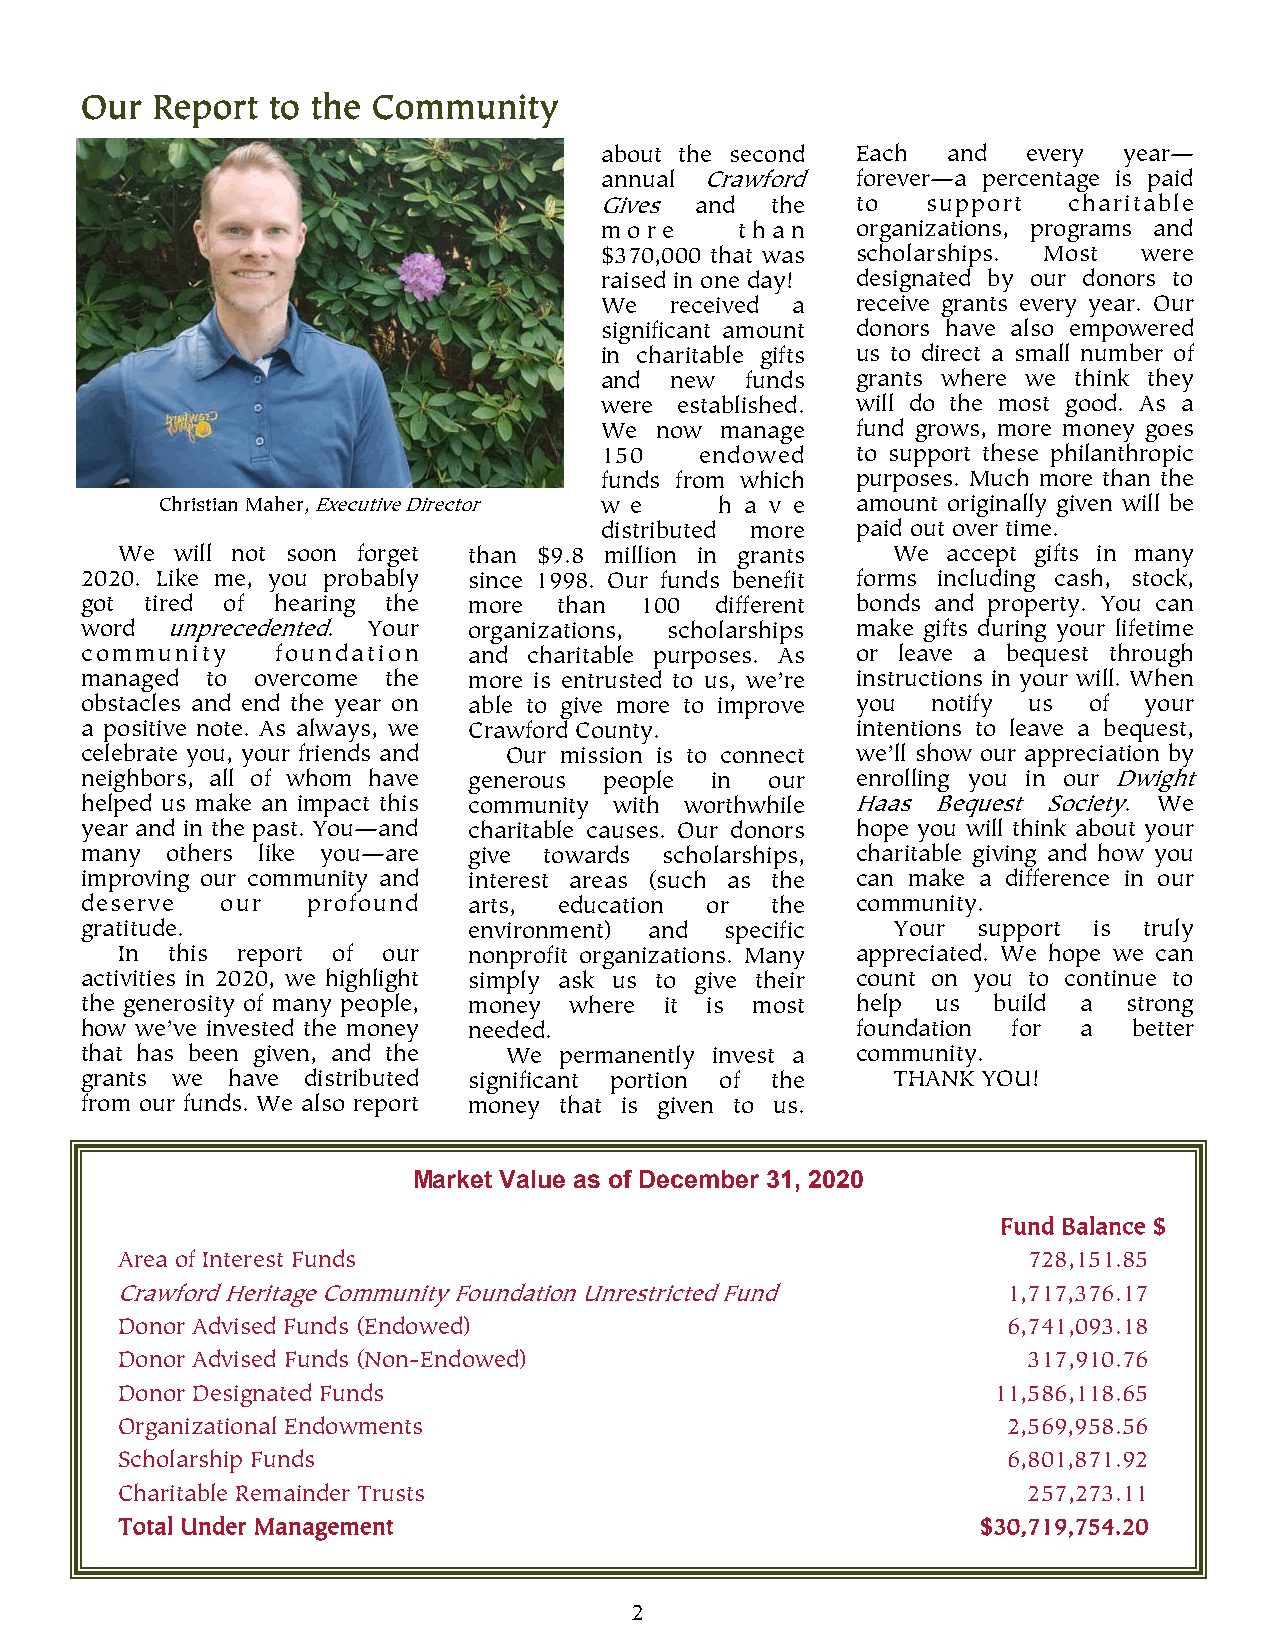
Our  Report  to the Community
 about the second Each  and  every year—
 annual Crawford  forever—a percentage is paid
 Gives and  the   to  support   charitable
 more     than    organizations, programs and
 $370,000 that was scholarships. Most were
 raised in one day! designated by our donors to
 We  received a   receive grants every year. Our
 significant amount donors have also empowered
 in charitable gifts us to direct a small number of
 and new  funds   grants where we think they
 were established. will do the most good. As a
 We now  manage   fund grows, more money goes
 150   endowed    to support these philanthropic
 funds from which purposes. Much more than the
 Christian Maher, Executive Director w e h a v e amount originally given will be
 distributed more paid out over time.
 We  will not soon forget than $9.8 million in grants We accept gifts in many
 2020. Like me, you probably since 1998. Our funds benefit forms including cash, stock,
 got  tired of hearing the more  than 100  different bonds and property. You can
 word  unprecedented. Your organizations, scholarships make gifts during your lifetime
 community    foundation   and charitable purposes. As or leave a bequest through
 managed  to overcome the  more is entrusted to us, we’re instructions in your will. When
 obstacles and end the year on able to give more to improve you notify us of your
 a positive note. As always, we Crawford County.     intentions to leave a bequest,
 celebrate you, your friends and Our mission is to connect we’ll show our appreciation by
 neighbors, all of whom have generous people in our  enrolling you in our Dwight
 helped us make an impact this community with worthwhile Haas Bequest Society. We
 year and in the past. You—and charitable causes. Our donors hope you will think about your
 many  others like you—are give towards scholarships, charitable giving and how you
 improving our community and interest areas (such as the can make a difference in our
 deserve   our  profound   arts, education or  the   community.
 gratitude.                environment) and specific   Your  support is truly
 In this report of our  nonprofit organizations. Many appreciated. We hope we can
 activities in 2020, we highlight simply ask us to give their count on you to continue to
 the generosity of many people, money where it is most help us build a strong
 how we’ve invested the money needed.                foundation for a  better
 that has been given, and the We permanently invest a community.
 grants we have distributed significant portion of the THANK YOU!
 from our funds. We also report money that is given to us.
 Market Value as of December 31, 2020
 Fund Balance $
 Area of Interest Funds                                      728,151.85
 Crawford Heritage Community Foundation Unrestricted Fund   1,717,376.17
 Donor Advised Funds (Endowed)                              6,741,093.18
 Donor Advised Funds (Non-Endowed)                           317,910.76
 Donor Designated Funds                                    11,586,118.65
 Organizational Endowments                                  2,569,958.56
 Scholarship Funds                                          6,801,871.92
 Charitable Remainder Trusts                                 257,273.11
 Total Under Management                                   $30,719,754.20
 2